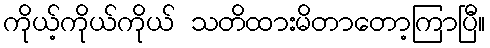
ကိုယ့်ကိုယ်ကိုယ် သတိထားမိတာတော့ကြာပြီ။